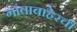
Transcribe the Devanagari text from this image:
गांवाबाहेरची